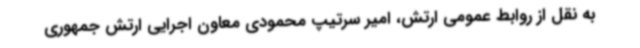
به نقل از روابط عمومی ارتش، امیر سرتیپ محمودی معاون اجرایی ارتش جمهوری